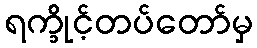
ရက္ခိုင့်တပ်တော်မှ